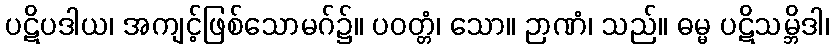
ပဋိပဒါယ၊ အကျင့်ဖြစ်သောမဂ်၌။ ပဝတ္တံ၊ သော။ ဉာဏံ၊ သည်။ ဓမ္မ ပဋိသမ္ဘိဒါ၊